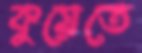
কুয়েতে